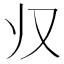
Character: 𱍷